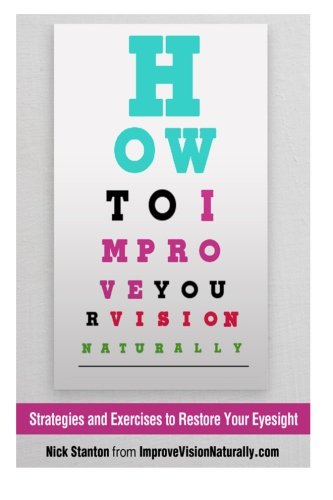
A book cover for How To Improve Your Vision Naturally:: Strategies and Exercises to Restore Your Eyesight; Nick Stanton; Health, Fitness & Dieting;